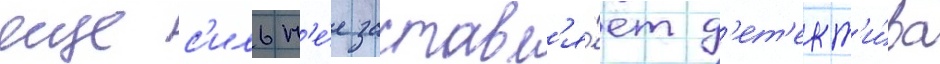
еще с'ильн'е́е заставл'я́ет д'ет'ект'и́ва